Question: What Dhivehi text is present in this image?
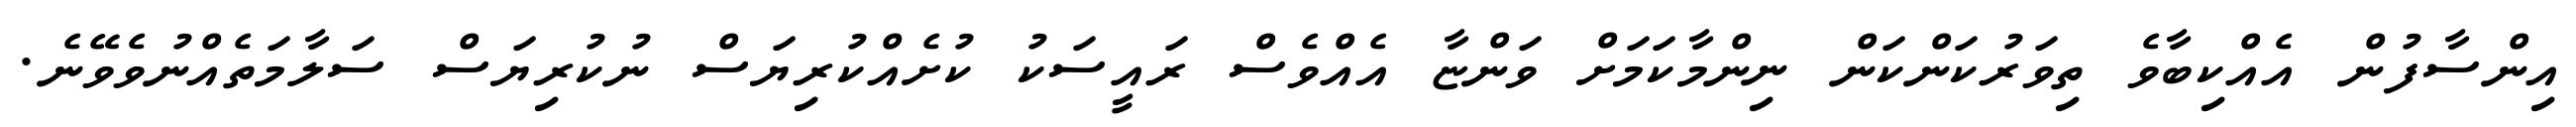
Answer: އިންސާފުން އެއްކިބާވެ ތިވަރުކަންކަން ނިންމާކަމަށް ވަންޏާ އެއްވެސް ރައީސަކު ކުށެއްކުރިޔަސް ނުކުރިޔަސް ސަލާމަތެއްނުވެވޭނެ.